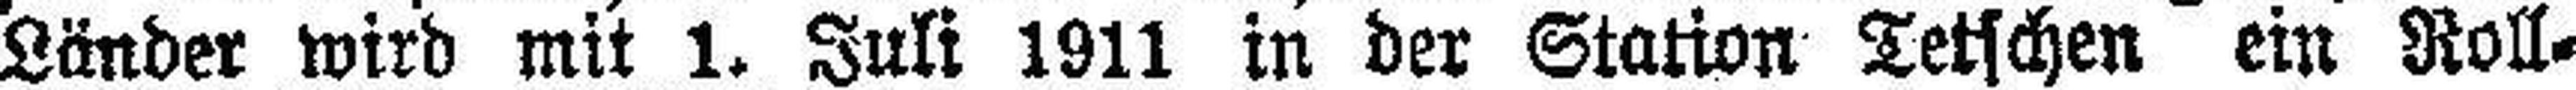
Länder wird mit 1. Juli 1911 in der Station Tetschen ein Roll¬